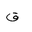
Letter: _qaf